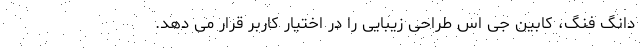
دانگ فنگ، کابین جی اس طراحی زیبایی را در اختیار کاربر قرار می دهد.